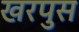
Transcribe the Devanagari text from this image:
खरपुस